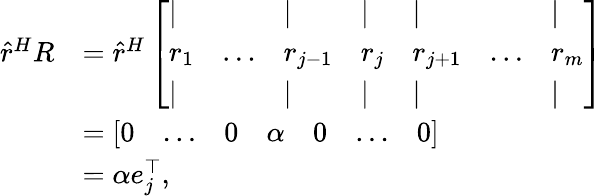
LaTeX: \begin{array}{rl}{\hat{r}^{H}R}&{=\hat{r}^{H}\left[\begin{array}{lllllll}{\vert}&&{\vert}&{\vert}&{\vert}&&{\vert}\\ {r_{1}}&{\dots}&{r_{j-1}}&{r_{j}}&{r_{j+1}}&{\dots}&{r_{m}}\\ {\vert}&&{\vert}&{\vert}&{\vert}&&{\vert}\end{array}\right]}\\ &{=\left[\begin{array}{lllllll}{0}&{\dots}&{0}&{\alpha}&{0}&{\dots}&{0}\end{array}\right]}\\ &{=\alpha e_{j}^{\top},}\end{array}